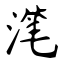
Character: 滗